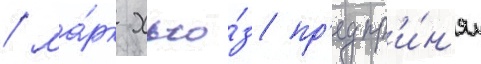
/ ма́рк хью́з пр'едпр'и́н'ял